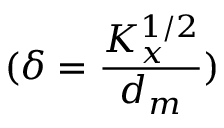
( \delta = \frac { K _ { x } ^ { 1 / 2 } } { d _ { m } } )